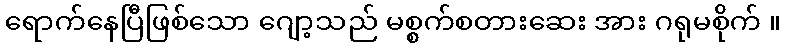
ရောက်နေပြီဖြစ်သော ဂျော့သည် မစ္စက်စတားဆေး အား ဂရုမစိုက် ။